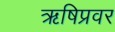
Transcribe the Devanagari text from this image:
ऋषिप्रवर